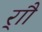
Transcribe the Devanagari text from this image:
र्‍ाौ